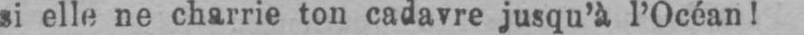
si elle ne charrie ton cadavre jusqu’à l’Océan!